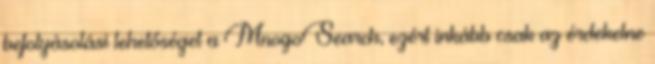
befolyásolási lehetőséget a MnogoSearch, ezért inkább csak az érdekelne